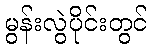
မွန်းလွဲပိုင်းတွင်